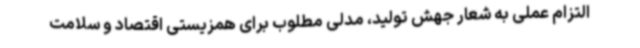
التزام عملی به شعار جهش تولید، مدلی مطلوب برای همزیستی اقتصاد و سلامت